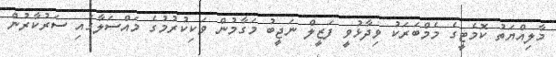
މާލިއްޔަތު ކޮމެޓީގެ މެމްބަރަކު ވިދާޅުވީ ފަޒީލް ނަޖީބު މަގާމުން ވަކިކުރުމުގެ މައްސަލާގައި ސަރުކާރުން